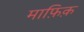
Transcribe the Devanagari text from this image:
माफ़िक़